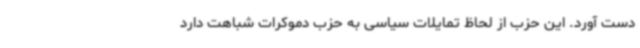
دست آورد. این حزب از لحاظ تمایلات سیاسی به حزب دموکرات شباهت دارد